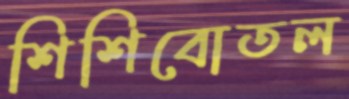
শিশিবোতল